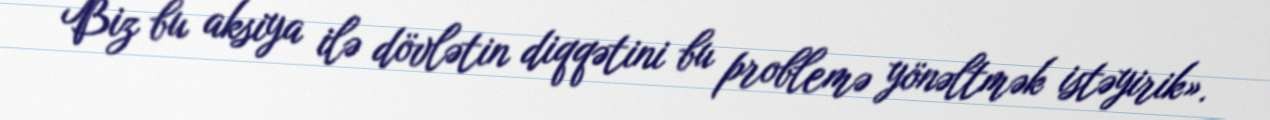
Biz bu aksiya ilə dövlətin diqqətini bu problemə yönəltmək istəyirik».